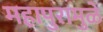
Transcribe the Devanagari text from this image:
महापुरामुळे